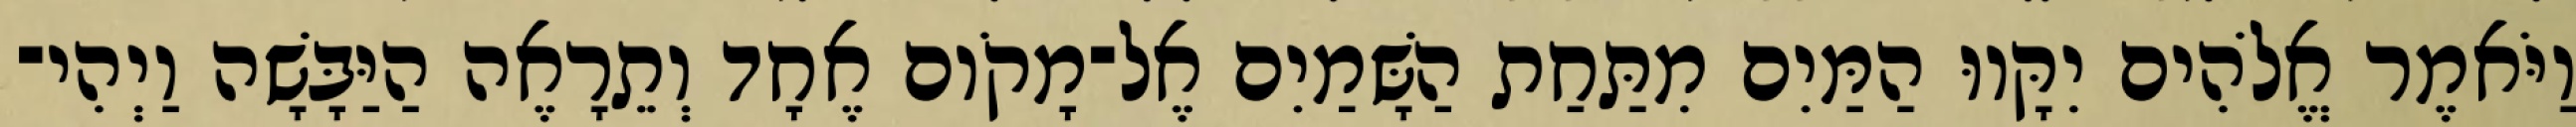
וַיֹּאמֶר אֱלֹהִים יִקָּווּ הַמַּיִם מִתַּחַת הַשָּׁמַיִם אֶל־מָקֹום אֶחָד וְתֵרָאֶה הַיַּבָּשָׁה וַיְהִי־